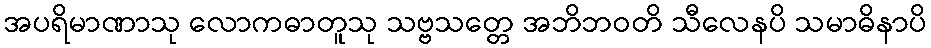
အပရိမာဏာသု လောကဓာတူသု သဗ္ဗသတ္တေ အဘိဘဝတိ သီလေနပိ သမာဓိနာပိ